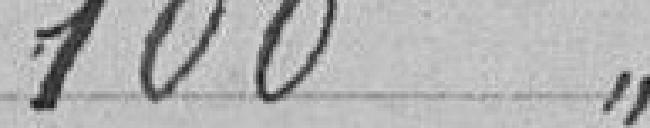
100 "